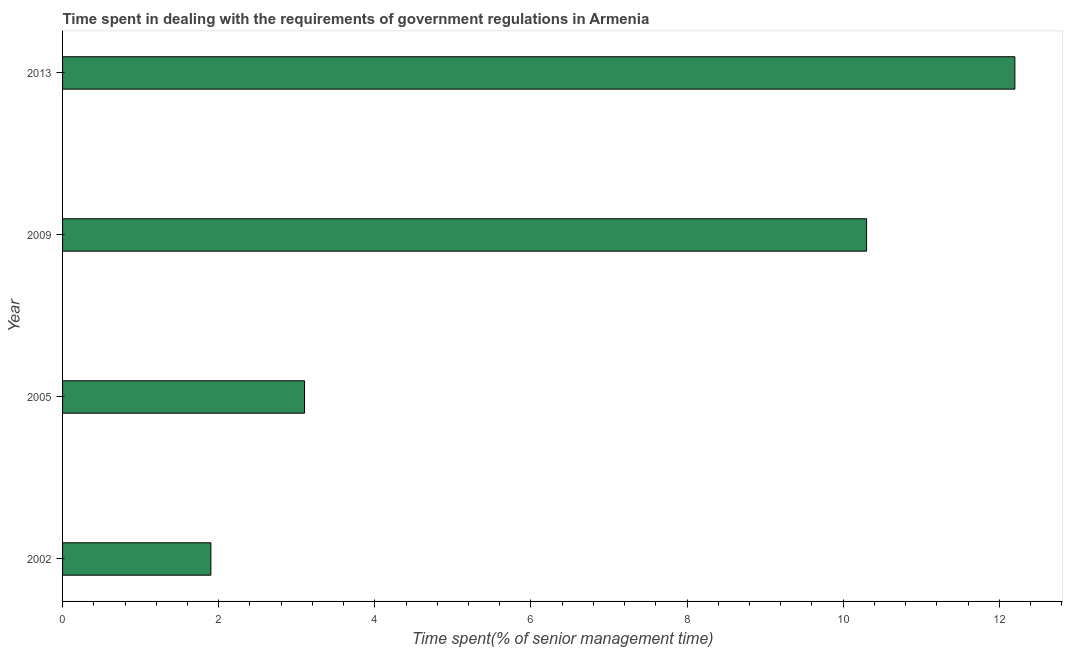
| Year | Government regulations |
 | --- | --- |
 | 2002 | 1.9 |
 | 2005 | 3.1 |
 | 2009 | 10.3 |
 | 2013 | 12.2 |